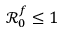
\mathcal { R } _ { 0 } ^ { f } \le 1